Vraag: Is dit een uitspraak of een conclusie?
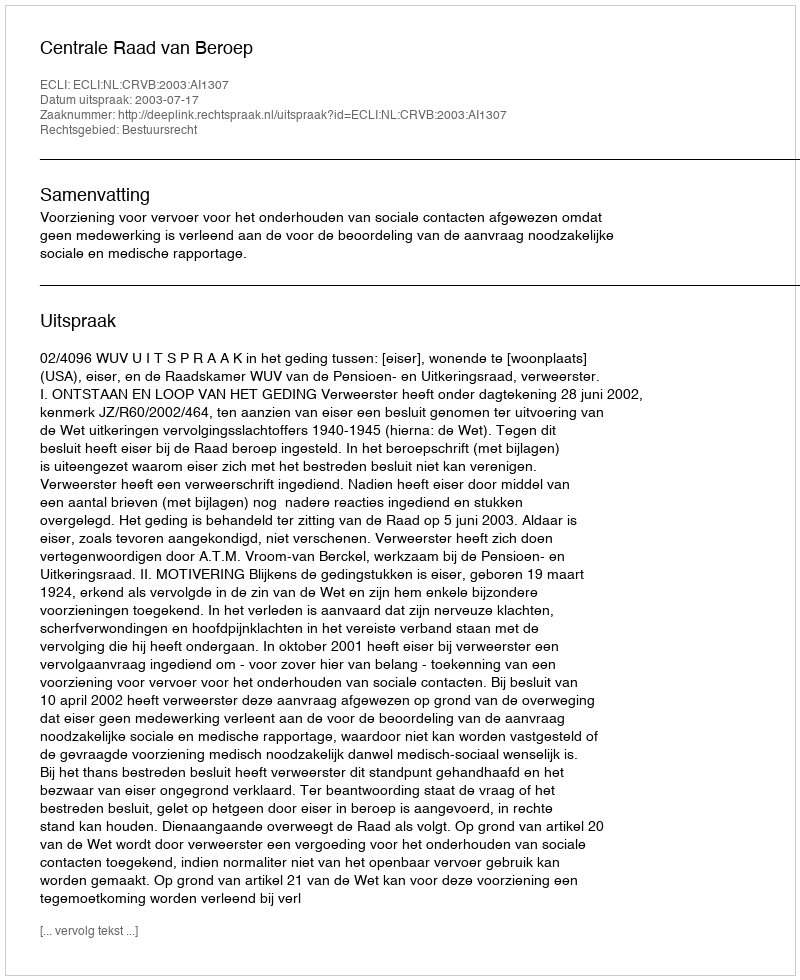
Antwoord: Uitspraak